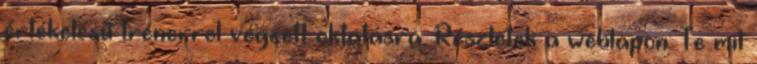
értékelésű trénerrel végzett oktatásra. Részletek a weblapon: Te mit